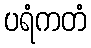
ပရံကတံ